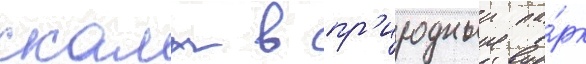
скалы в пр'иродныи па́рк